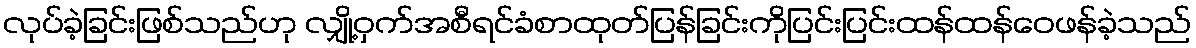
လုပ်ခဲ့ခြင်းဖြစ်သည်ဟု လျှို့ဝှက်အစီရင်ခံစာထုတ်ပြန်ခြင်းကိုပြင်းပြင်းထန်ထန်ဝေဖန်ခဲ့သည်